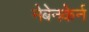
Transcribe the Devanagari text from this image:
नेबेनकेर्न